画像に写った文字を読んでください
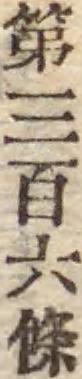
「第三百六條」と書いてあります